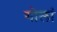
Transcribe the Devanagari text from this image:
गोलां